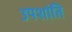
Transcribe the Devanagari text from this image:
उपशांति